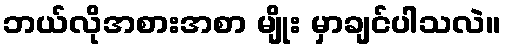
ဘယ်လိုအစားအစာ မျိုး မှာချင်ပါသလဲ။